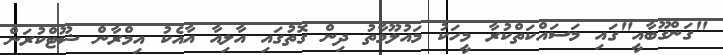
"ގަންގޫބާއީ"ގައި މަސައްކަތްކުރާ މީހަކު މައުލޫމާތު ދިން ގޮތުގައި އާލިއާ އާއެކު އިމްރާން ޝޫޓްކުރަން